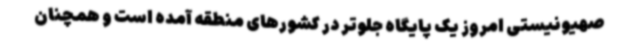
صهیونیستی امروز یک پایگاه جلوتر در کشورهای منطقه آمده است و همچنان